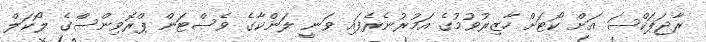
ރާޖަޕަކްސަ އަށް ކޯޓަށް ހާޒިރުވުމުގެ އަމުރުނެރެފައި ވަނީ ލަންކާގެ ވެސްޓަން ޕްރޮވިންސްގެ ލޯކަލް